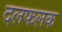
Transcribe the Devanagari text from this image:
दलफलक